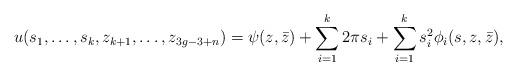
LaTeX: \begin{align*}u(s_{1},\dots, s_{k}, z_{k+1}, \dots, z_{3g-3+n})=\psi(z,\bar z)+\sum_{i=1}^{k}2\pi s_{i}+\sum_{i=1}^{k}s_{i}^{2}\phi_{i}(s,z,\bar z),\end{align*}